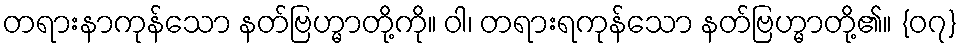
တရားနာကုန်သော နတ်ဗြဟ္မာတို့ကို။ ဝါ၊ တရားရကုန်သော နတ်ဗြဟ္မာတို့၏။ {၀၇}